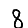
Digit: 8